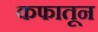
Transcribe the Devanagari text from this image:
कफातून